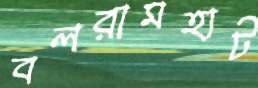
বলরামহাট